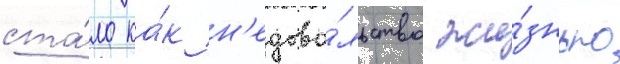
ста́ло ка́к н'едово́льство жи́знью